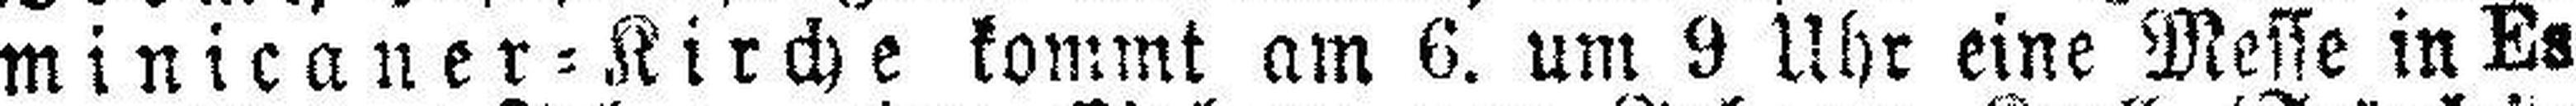
minicaner=Kirche kommt am 6. um 9 Uhr eine Messe in Es